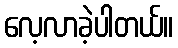
လေ့လာခဲ့ပါတယ်။